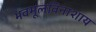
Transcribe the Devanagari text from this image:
भवमूलविनाशाय